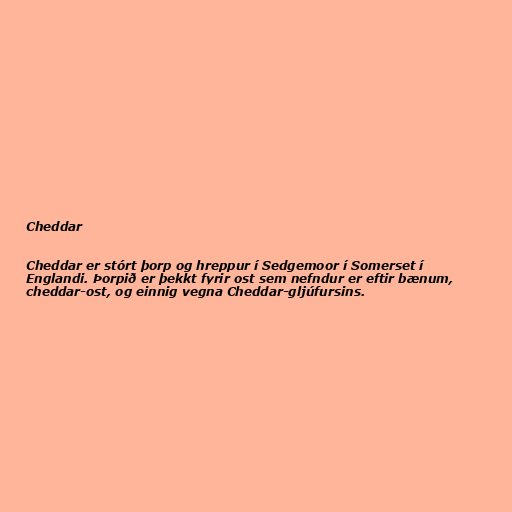
Cheddar

Cheddar er stórt þorp og hreppur í Sedgemoor í Somerset í
Englandi. Þorpið er þekkt fyrir ost sem nefndur er eftir bænum,
cheddar-ost, og einnig vegna Cheddar-gljúfursins.